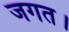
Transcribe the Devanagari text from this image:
जगत।